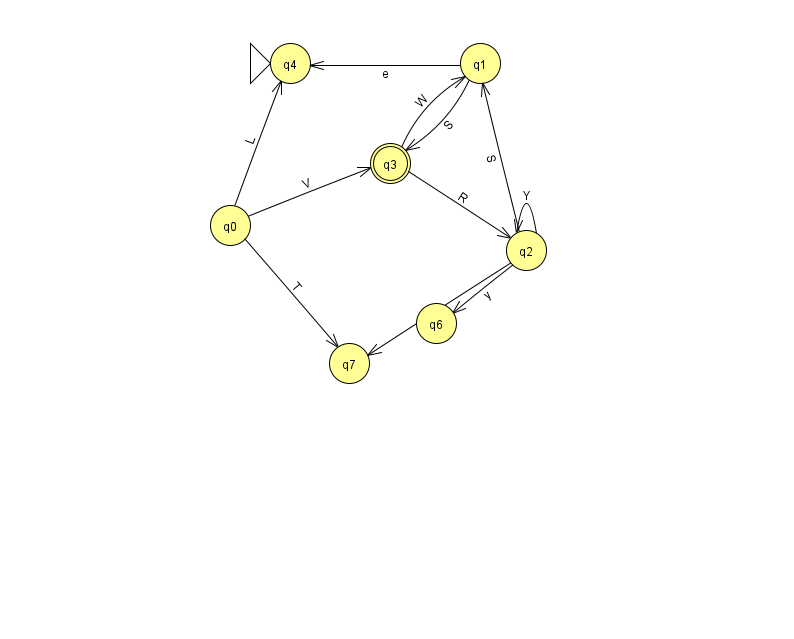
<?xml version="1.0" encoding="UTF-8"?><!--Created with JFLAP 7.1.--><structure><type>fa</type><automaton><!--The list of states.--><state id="0" name="q0"><x>230.0</x><y>212.0</y></state><state id="1" name="q1"><x>480.0</x><y>50.0</y></state><state id="2" name="q2"><x>526.0</x><y>237.0</y></state><state id="3" name="q3"><x>390.0</x><y>150.0</y><final/></state><state id="4" name="q4"><x>290.0</x><y>50.0</y><initial/></state><state id="6" name="q6"><x>436.0</x><y>310.0</y></state><state id="7" name="q7"><x>349.0</x><y>350.0</y></state><!--The list of transitions.--><transition><from>2</from><to>1</to><read>S</read></transition><transition><from>3</from><to>1</to><read>W</read></transition><transition><from>0</from><to>3</to><read>V</read></transition><transition><from>1</from><to>4</to><read>e</read></transition><transition><from>2</from><to>6</to><read>y</read></transition><transition><from>3</from><to>2</to><read>R</read></transition><transition><from>1</from><to>3</to><read>S</read></transition><transition><from>0</from><to>7</to><read>T</read></transition><transition><from>2</from><to>2</to><read>Y</read></transition><transition><from>2</from><to>7</to><read>Q</read></transition><transition><from>0</from><to>4</to><read>L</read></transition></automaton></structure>